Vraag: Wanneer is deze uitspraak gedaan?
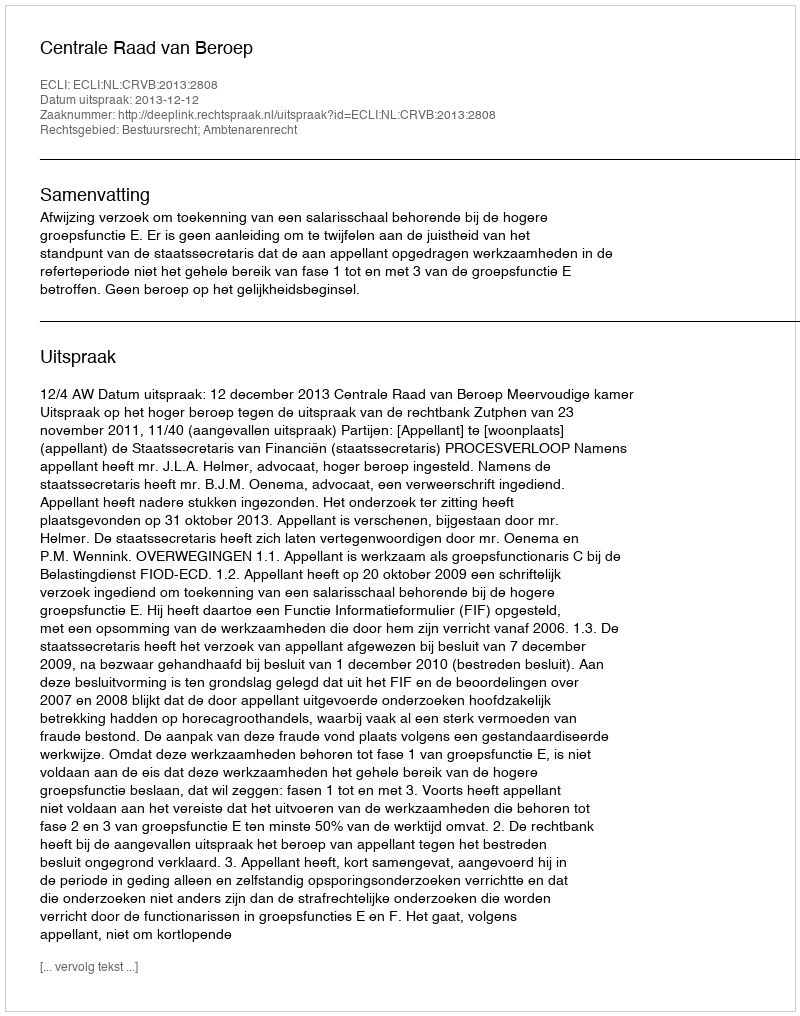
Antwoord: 2013-12-12